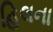
હિલના